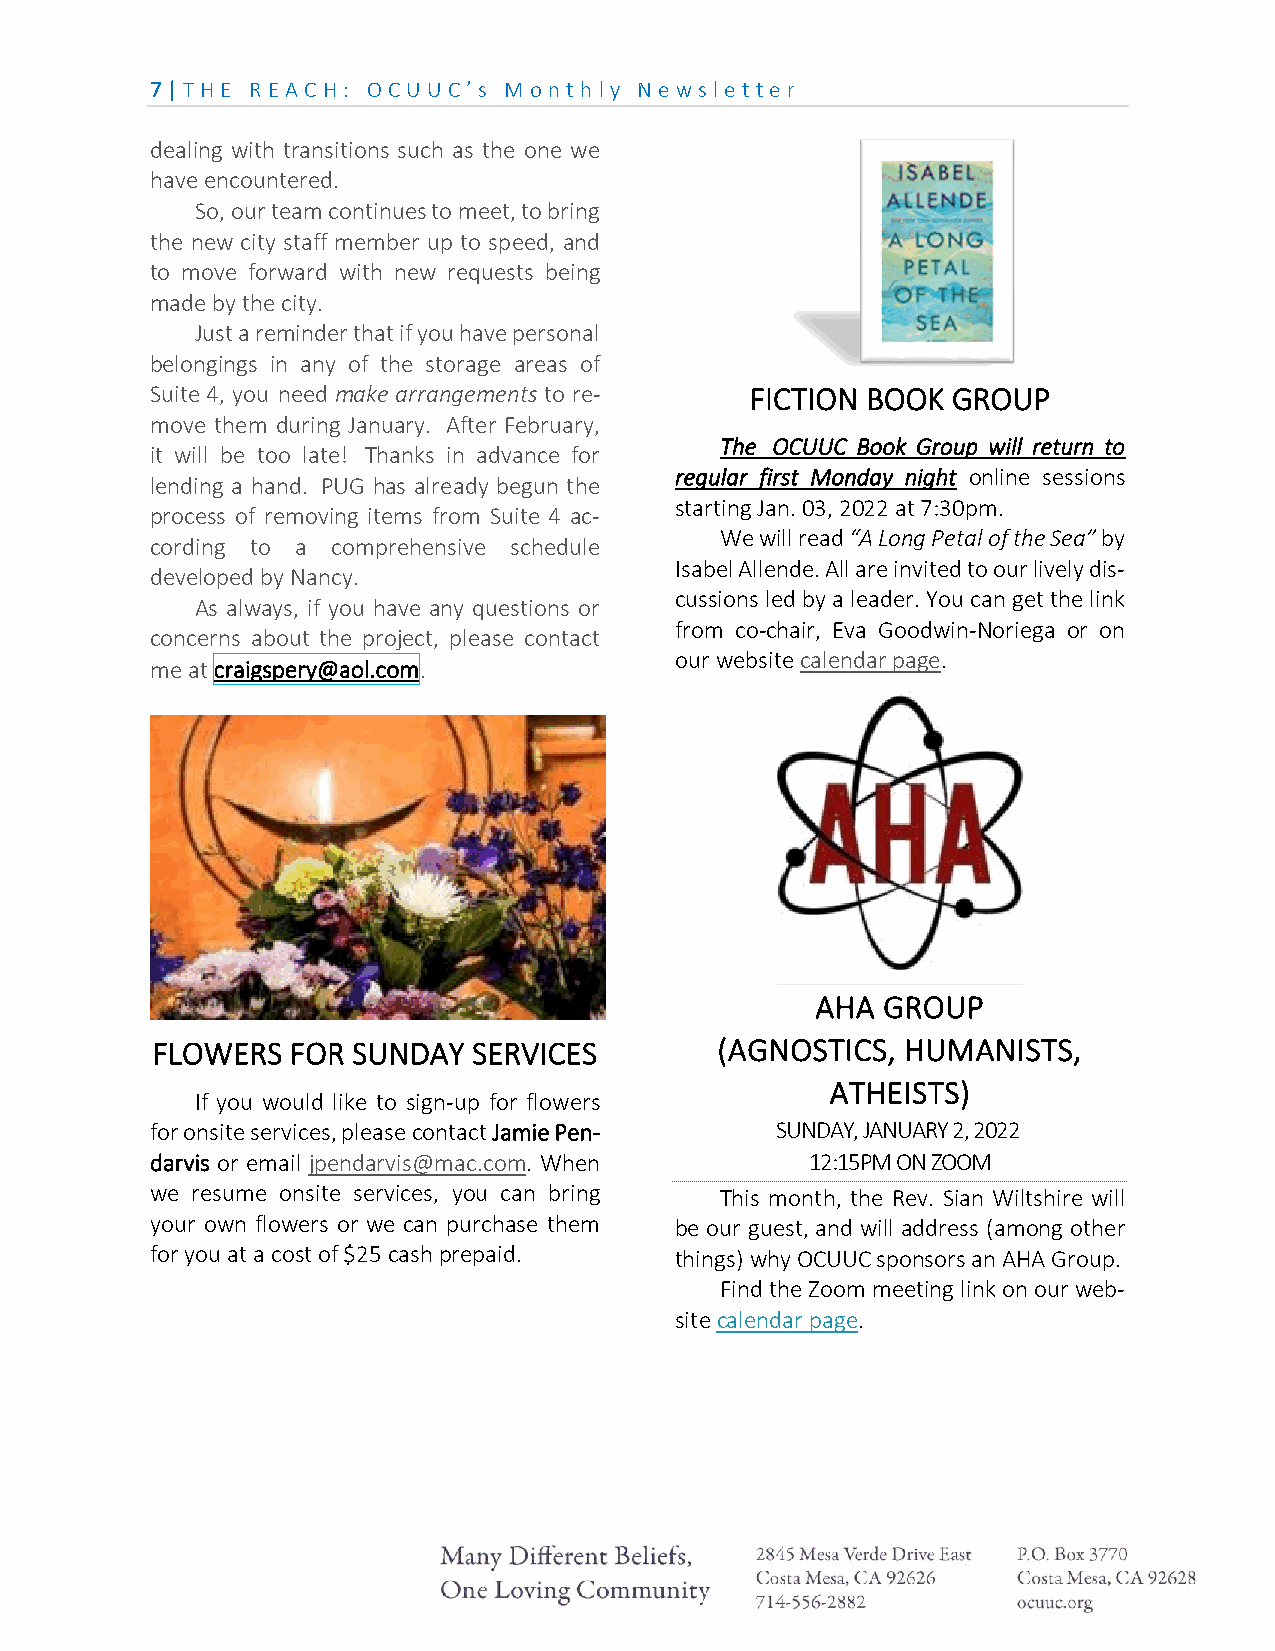
7 | THE REA CH: OCU U C’ s M on th ly N e ws le tte r
 dealing with transitions such as the one we
 have encountered.
 So, our team continues to meet, to bring
 the new city staff member up to speed, and
 to move forward with new requests being
 made by the city.
 Just a reminder that if you have personal
 belongings in any of the storage areas of
 Suite 4, you need make arrangements to re- FICTION BOOK GROUP
 move them during January. After February,
 The OCUUC Book Group will return to
 it will be too late! Thanks in advance for
 regular first Monday night online sessions
 lending a hand. PUG has already begun the
 starting Jan. 03, 2022 at 7:30pm.
 process of removing items from Suite 4 ac-
 We will read “A Long Petal of the Sea” by
 cording to a comprehensive schedule
 Isabel Allende. All are invited to our lively dis-
 developed by Nancy.
 cussions led by a leader. You can get the link
 As always, if you have any questions or
 from co-chair, Eva Goodwin-Noriega or on
 concerns about the project, please contact
 our website calendar page.
 me at craigspery@aol.com.
 AHA GROUP
 FLOWERS  FOR SUNDAY  SERVICES        (AGNOSTICS,  HUMANISTS,
 ATHEISTS)
 If you would like to sign-up for flowers
 for onsite services, please contact Jamie Pen- SUNDAY, JANUARY 2, 2022
 darvis or email jpendarvis@mac.com. When    12:15PM ON ZOOM
 we resume onsite services, you can bring This month, the Rev. Sian Wiltshire will
 your own flowers or we can purchase them be our guest, and will address (among other
 for you at a cost of $25 cash prepaid. things) why OCUUC sponsors an AHA Group.
 Find the Zoom meeting link on our web-
 site calendar page.